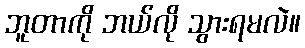
ဘူတာကို ဘယ်လို သွားရမလဲ။